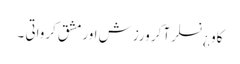
کاو ¿نسلر آکر ورزش اورمشق کرواتی ۔